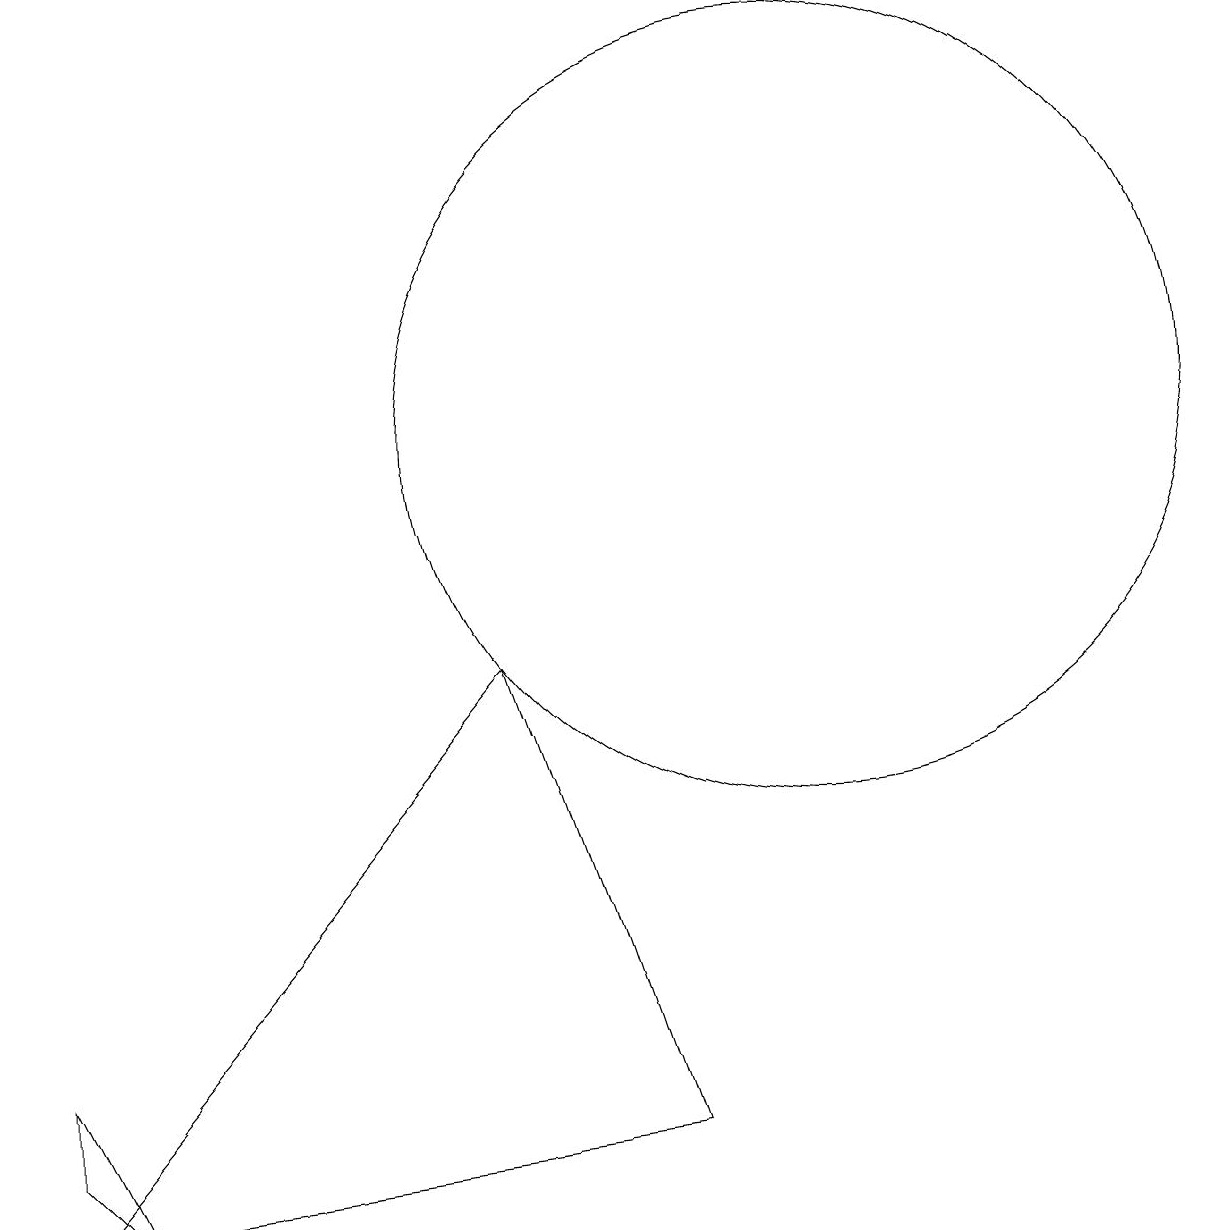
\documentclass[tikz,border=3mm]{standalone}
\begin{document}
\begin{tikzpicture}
\draw (9,1) -- (7,7) -- (1,0) -- cycle;
\draw (11,10) circle (5);
\draw (1,1) -- (2,0) -- (1,2) -- cycle;
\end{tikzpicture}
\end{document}